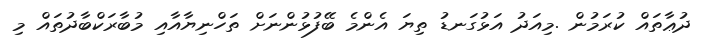
ދުޢާތައް ކުރަމުން .މިއަދު އަޅުގަނޑު ތިޔަ އެންމެ ބޭފުޅުންނަށް ތަހްނިޔާއާއި މުބާރަކްބާދުތައް މި